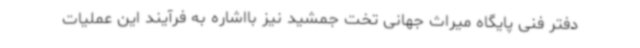
دفتر فنی پایگاه میراث جهانی تخت جمشید نیز بااشاره به فرآیند این عملیات